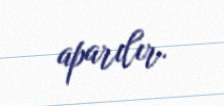
aparılır.